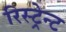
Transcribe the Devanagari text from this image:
रिस्ट्रेन्ट